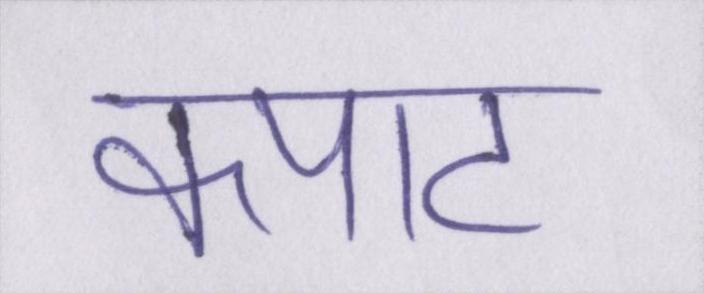
कपाट